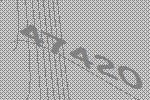
47420